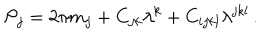
{ \cal P } _ { j } = 2 \pi m _ { j } + C _ { j k } \lambda ^ { k } + C _ { i j k l } \lambda ^ { j k l } \, .